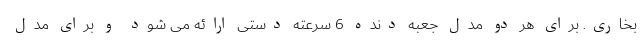
بخاری. برای هر دو مدل جعبه دنده 6 سرعته دستی ارائه می شود و برای مدل